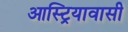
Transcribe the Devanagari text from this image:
आस्ट्रियावासी